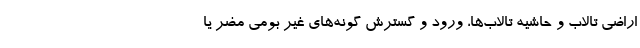
اراضی تالاب و حاشیه تالاب‌ها، ورود و گسترش گونه‌های غیر بومی مضر یا